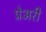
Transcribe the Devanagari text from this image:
प्रेअरी